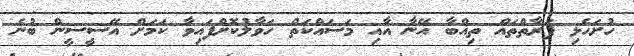
ހުށަހެޅި ފަރާތްތައް ތިއްބާ އޭނާ އާއި މަސައްކަތް ހަވާލުކޮށްފައިވާ ކަމަށް އޭސީސީން ބުނެ